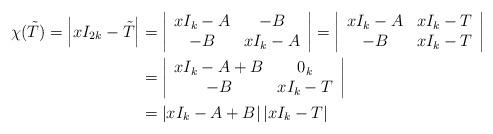
LaTeX: \begin{align*}\chi(\tilde{T})=\left|xI_{2k}-\tilde{T}\right|&=\left|\begin{array}{cc}xI_k-A & -B \\-B & xI_k-A \end{array}\right|=\left|\begin{array}{cc}xI_k-A & xI_k-T \\-B & xI_k-T \end{array}\right|\\&=\left|\begin{array}{cc}xI_k-A+B & 0_k \\-B & xI_k-T \end{array}\right|\\&=\left|xI_k-A+B\right|\left|xI_k-T\right|\end{align*}